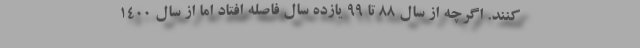
‌کنند. اگرچه از سال 88 تا 99 یازده سال فاصله افتاد اما از سال 1400